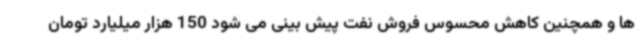
ها و همچنین کاهش محسوس فروش نفت پیش بینی می شود 150 هزار میلیارد تومان